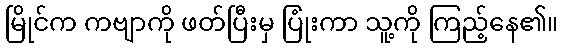
မြိုင်က ကဗျာကို ဖတ်ပြီးမှ ပြုံးကာ သူ့ကို ကြည့်နေ၏။